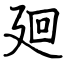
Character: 廻